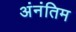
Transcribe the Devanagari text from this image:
अंनंतिम